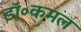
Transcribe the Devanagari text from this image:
डॉ॰कमल